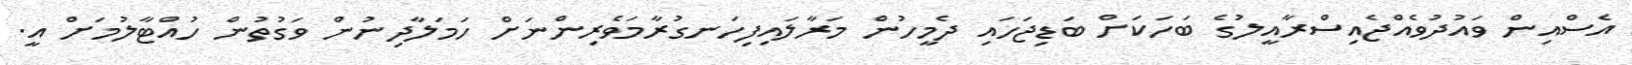
އެސްއިން ވައުދުވެއްޖެއިސްރާއީލުގެ ބަހަކަށް ބަޑިޖަހައި ދެމީހުން މަރާލައިފިހަނގުރާމަވެރިންނަށް ހަމަލާދިނުން ވަގުތުން ހުއްޓާލުމަށް އީ.